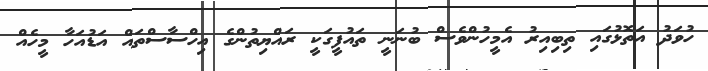
ހުވަދު އަތޮޅުގައި ތިބިއިރު އެމީހުންވެސް ބުނަނީ ތައުފީގަކީ ރައްޔިތުންގެ އިހްސާސްތައް އަޑުއަހާ މީހެއް